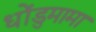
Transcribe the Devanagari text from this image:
धोंडुमामा